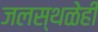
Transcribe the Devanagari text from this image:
जलस्थळेही